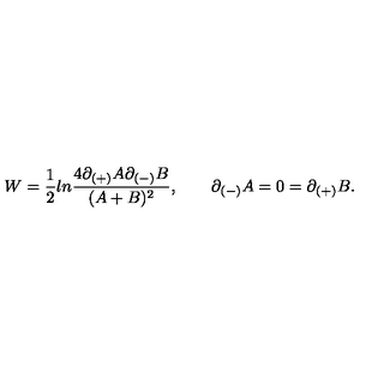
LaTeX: W = { \frac { 1 } { 2 } } l n { \frac { 4 \partial _ { ( + ) } A \partial _ { ( - ) } B } { ( A + B ) ^ { 2 } } } , \qquad \partial _ { ( - ) } A = 0 = \partial _ { ( + ) } B .